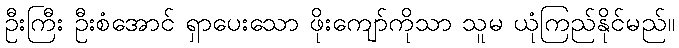
ဦးကြီး ဦးစံအောင် ရှာပေးသော ဖိုးကျော်ကိုသာ သူမ ယုံကြည်နိုင်မည်။